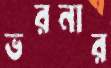
ভরনার